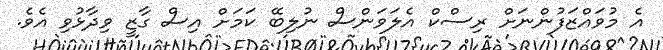
އެ މުވައްޒަފުންނަށް ރިސްކް އެލަވަންސް ނުލިބޭ ކަމަށް އިސް ގާޒީ ވިދާޅުވި އެވެ.